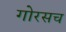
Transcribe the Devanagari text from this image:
गोरसच